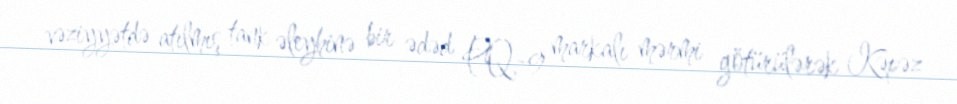
vəziyyətdə atılmış tank əleyhinə bir ədəd PQ-9 markalı mərmi götürülərək Kəpəz